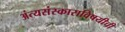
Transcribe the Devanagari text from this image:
अंत्यसंस्काराविषयीची